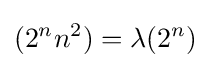
(2^{n}n^{2})=\lambda (2^{n})